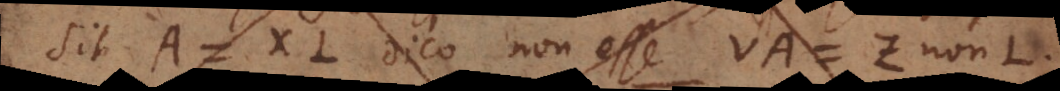
Sit A = XL dico non esse VA = Z non‐L.